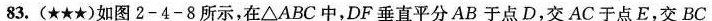
83.(\star \star \star )如图2-4-8所示，在\bigtriangleup ABC中，DF垂直平分AB于点D，交AC于点E，交BC